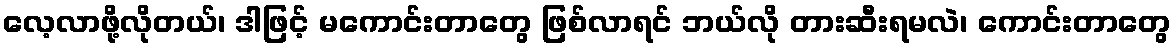
လေ့လာဖို့လိုတယ်၊ ဒါဖြင့် မကောင်းတာတွေ ဖြစ်လာရင် ဘယ်လို တားဆီးရမလဲ၊ ကောင်းတာတွေ